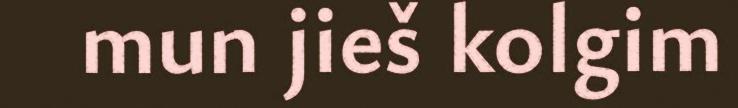
mun jieš kolgim